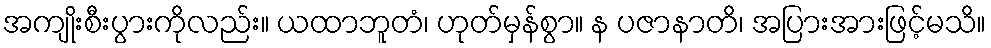
အကျိုးစီးပွားကိုလည်း။ ယထာဘူတံ၊ ဟုတ်မှန်စွာ။ န ပဇာနာတိ၊ အပြားအားဖြင့်မသိ။